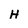
Character: H